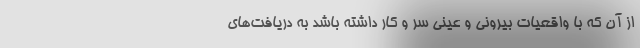
از آن که با واقعیات بیرونی و عینی سر و کار داشته باشد به دریافت‌های